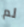
لم